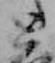
と